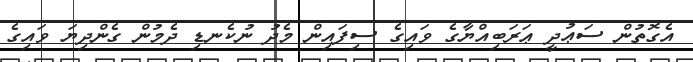
އެގޮތުން ސަޢުދީ ޢަރަބިއްޔާގެ ވައިގެ ސިފައިން މެދު ނުކެނޑި ދެމުން ގެންދިޔަ ވައިގެ